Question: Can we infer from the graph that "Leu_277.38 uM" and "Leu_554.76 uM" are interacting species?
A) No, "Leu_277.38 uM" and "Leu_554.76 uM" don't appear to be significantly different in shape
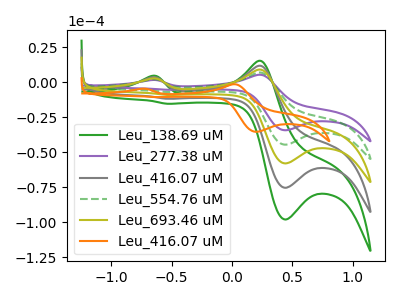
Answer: <think>The green curve "Leu_138.69 uM" has anodic peaks at (-0.65V, 8.20uA) (0.20V, 27.90uA) and cathodic peaks at (0.45V, -178.35uA) (-0.55V, -28.00uA). The purple curve "Leu_277.38 uM" has anodic peaks at (-0.65V, 1.60uA) (0.20V, 5.35uA) and cathodic peaks at (0.45V, -34.30uA) (-0.55V, -5.40uA). The gray curve "Leu_416.07 uM" has anodic peaks at (-0.65V, 6.15uA) (0.20V, 20.90uA) and cathodic peaks at (0.45V, -133.75uA) (-0.55V, -21.00uA). The green dashed curve "Leu_554.76 uM" has anodic peaks at (-0.65V, 2.05uA) (0.20V, 6.95uA) and cathodic peaks at (0.45V, -44.60uA) (-0.55V, -7.00uA). The olive curve "Leu_693.46 uM" has anodic peaks at (-0.65V, 4.10uA) (0.20V, 13.95uA) and cathodic peaks at (0.45V, -89.15uA) (-0.55V, -14.00uA). The orange curve "Leu_416.07 uM" has anodic peaks at (-0.75V, -4.65uA) (0.00V, -1.40uA) and cathodic peaks at (0.20V, -35.40uA) (-0.65V, -10.60uA).
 All the peaks in "Leu_277.38 uM" have a peak in "Leu_554.76 uM" at the same potential. Every peak in "Leu_277.38 uM" is lower than every peak in "Leu_554.76 uM".</think>
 <answer>A) No, "Leu_277.38 uM" and "Leu_554.76 uM" don't appear to be significantly different in shape</answer>
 <eval>A</eval>